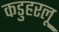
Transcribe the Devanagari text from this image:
कडुहरलू